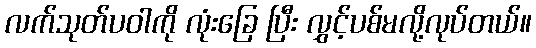
လက်သုတ်ပဝါကို လုံးခြေ ပြီး လွှင့်ပစ်မလို့လုပ်တယ်။